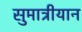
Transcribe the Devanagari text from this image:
सुमात्रीयान